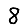
Digit: 8